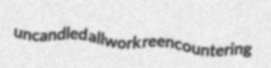
uncandled allwork reencountering